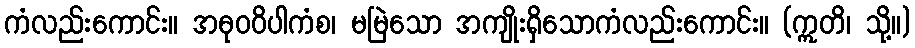
ကံလည်းကောင်း။ အဓုဝဝိပါကံစ၊ မမြဲသော အကျိုးရှိသောကံလည်းကောင်း။ (ဣတိ၊ သို့။)